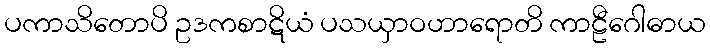
ပကာသိတောပိ ဥဒကစာဋိယံ ပသယှာဝဟာရောတိ ကာဠီဂေါဓာယ